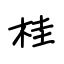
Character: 桂